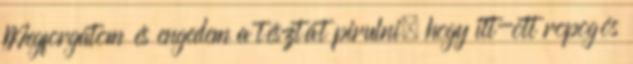
Megforgatom és engedem a tésztát pirulni, hogy itt-ott ropogós